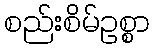
စည်းစိမ်ဥစ္စာ